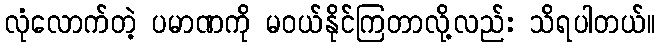
လုံလောက်တဲ့ ပမာဏကို မဝယ်နိုင်ကြတာလို့လည်း သိရပါတယ်။